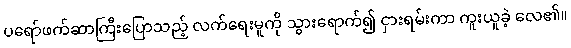
ပရော်ဖက်ဆာကြီးပြောသည့် လက်ရေးမူကို သွားရောက်၍ ငှားရမ်းကာ ကူးယူခဲ့ လေ၏။